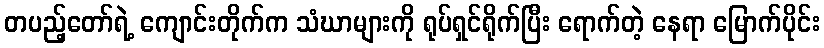
တပည့်တော်ရဲ့ ကျောင်းတိုက်က သံဃာများကို ရုပ်ရှင်ရိုက်ပြီး ရောက်တဲ့ နေရာ မြောက်ပိုင်း